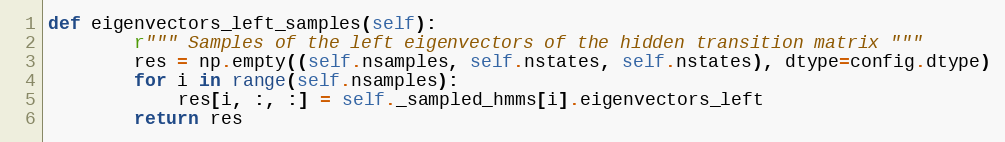
Language: Python
def eigenvectors_left_samples(self):
        r""" Samples of the left eigenvectors of the hidden transition matrix """
        res = np.empty((self.nsamples, self.nstates, self.nstates), dtype=config.dtype)
        for i in range(self.nsamples):
            res[i, :, :] = self._sampled_hmms[i].eigenvectors_left
        return res